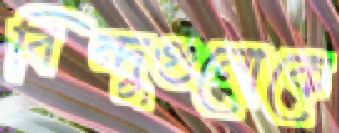
বিন্দুগুলোকে